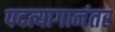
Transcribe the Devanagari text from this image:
पदत्यागानंतर